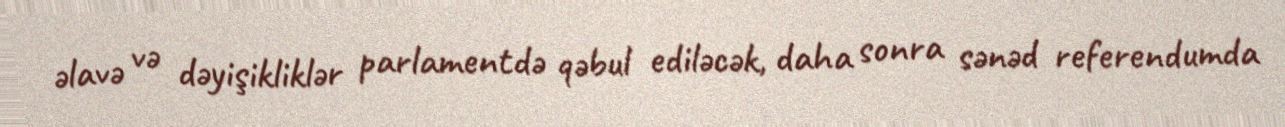
əlavə və dəyişikliklər parlamentdə qəbul ediləcək, daha sonra sənəd referendumda